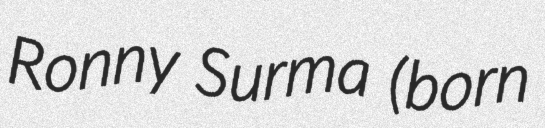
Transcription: Ronny Surma (born